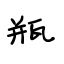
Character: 瓶